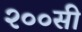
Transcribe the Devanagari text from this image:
२००सी